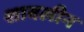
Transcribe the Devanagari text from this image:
शावलीन